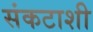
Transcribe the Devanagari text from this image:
संकटाशी